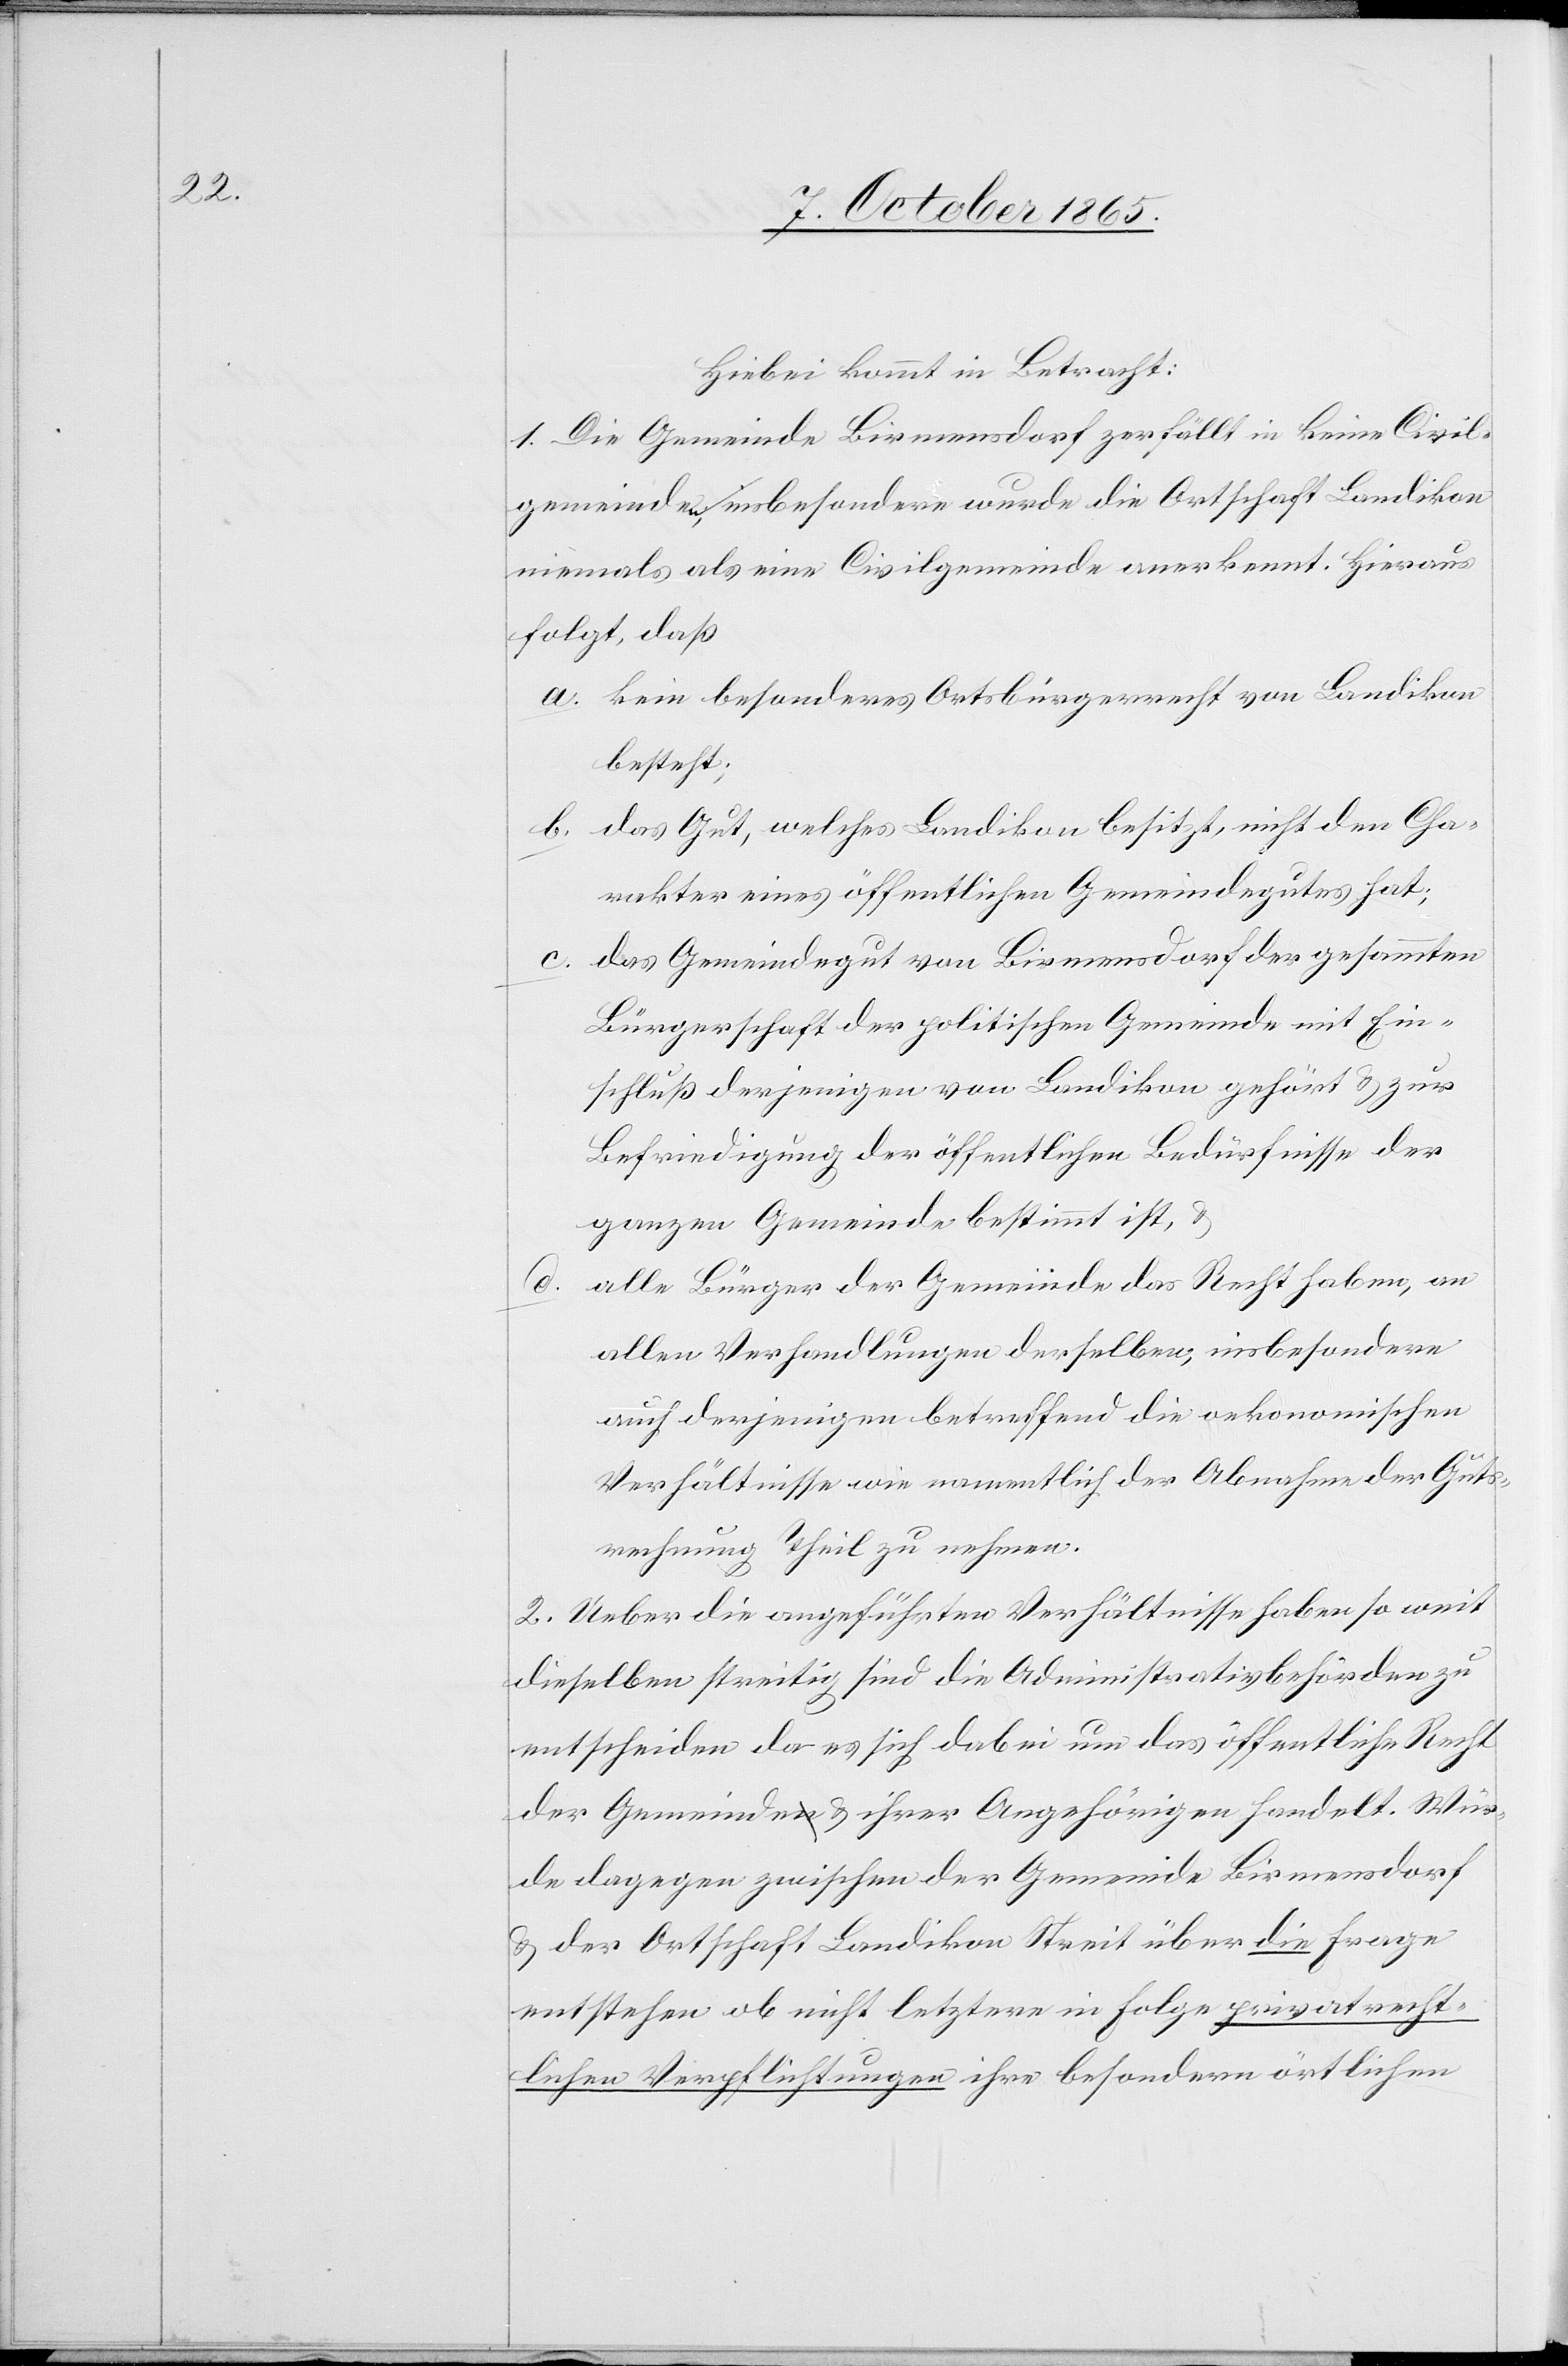
Hiebei kommt in Betracht:
1. Die Gemeinde Birmensdorf zerfällt in keine Civil¬
gemeindea-n-a, insbesondere wurde die Ortschaft Landikon
niemals als eine Civilgemeinde anerkannt. Hieraus
folgt, daß
a. kein besonderes Ortsbürgerrecht von Landikon
besteht;
b. das Gut, welches Landikon besitzt, nicht den Cha¬
rakter eines öffentlichen Gemeindegutes hat;
das Gemeindegut von Birmensdorf der gesammten
Bürgerschaft der politischen Gemeinde mit Ein¬
schluß derjenigen von Landikon gehört & zur
Befriedigung der öffentlichen Bedürfnisse der
ganzen Gemeinde bestimmt ist, &
alle Bürger der Gemeinde das Recht haben, an
allen Verhandlungen derselben, insbesondere
auch derjenigen betreffend die oekonomischen
Verhältnisse wie namentlich der Abnahme der Guts¬
rechnung Theil zu nehmen.
2. Ueber die angeführten Verhältnisse haben so weit
dieselben streitig sind die Administrativbehörden zu
entscheiden da es sich dabei um das öffentliche Recht
der Gemeindea-n-a & ihrer Angehörigen handelt. Wür¬
de dagegen zwischen der Gemeinde Birmensdorf
& der Ortschaft Landikon Streit über die Frage
entstehen, ob nicht letztere in Folge privatrecht¬
lichen Verpflichtungen ihre besondern örtlichen